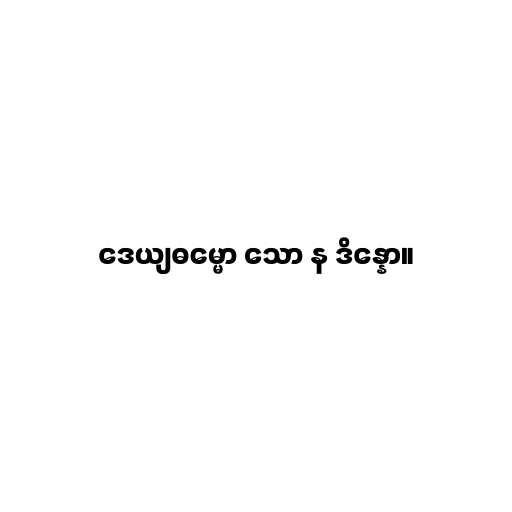
ဒေယျဓမ္မော သော န ဒိန္နော။